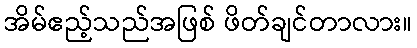
အိမ်ဧည့်သည်အဖြစ် ဖိတ်ချင်တာလား။